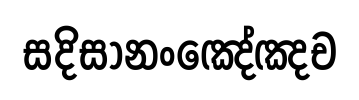
සදිසානංඤේඤච